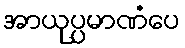
အာယုပ္ပမာဏံပေ